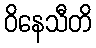
ဝိနေသီတိ